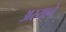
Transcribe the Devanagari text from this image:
अस्याने